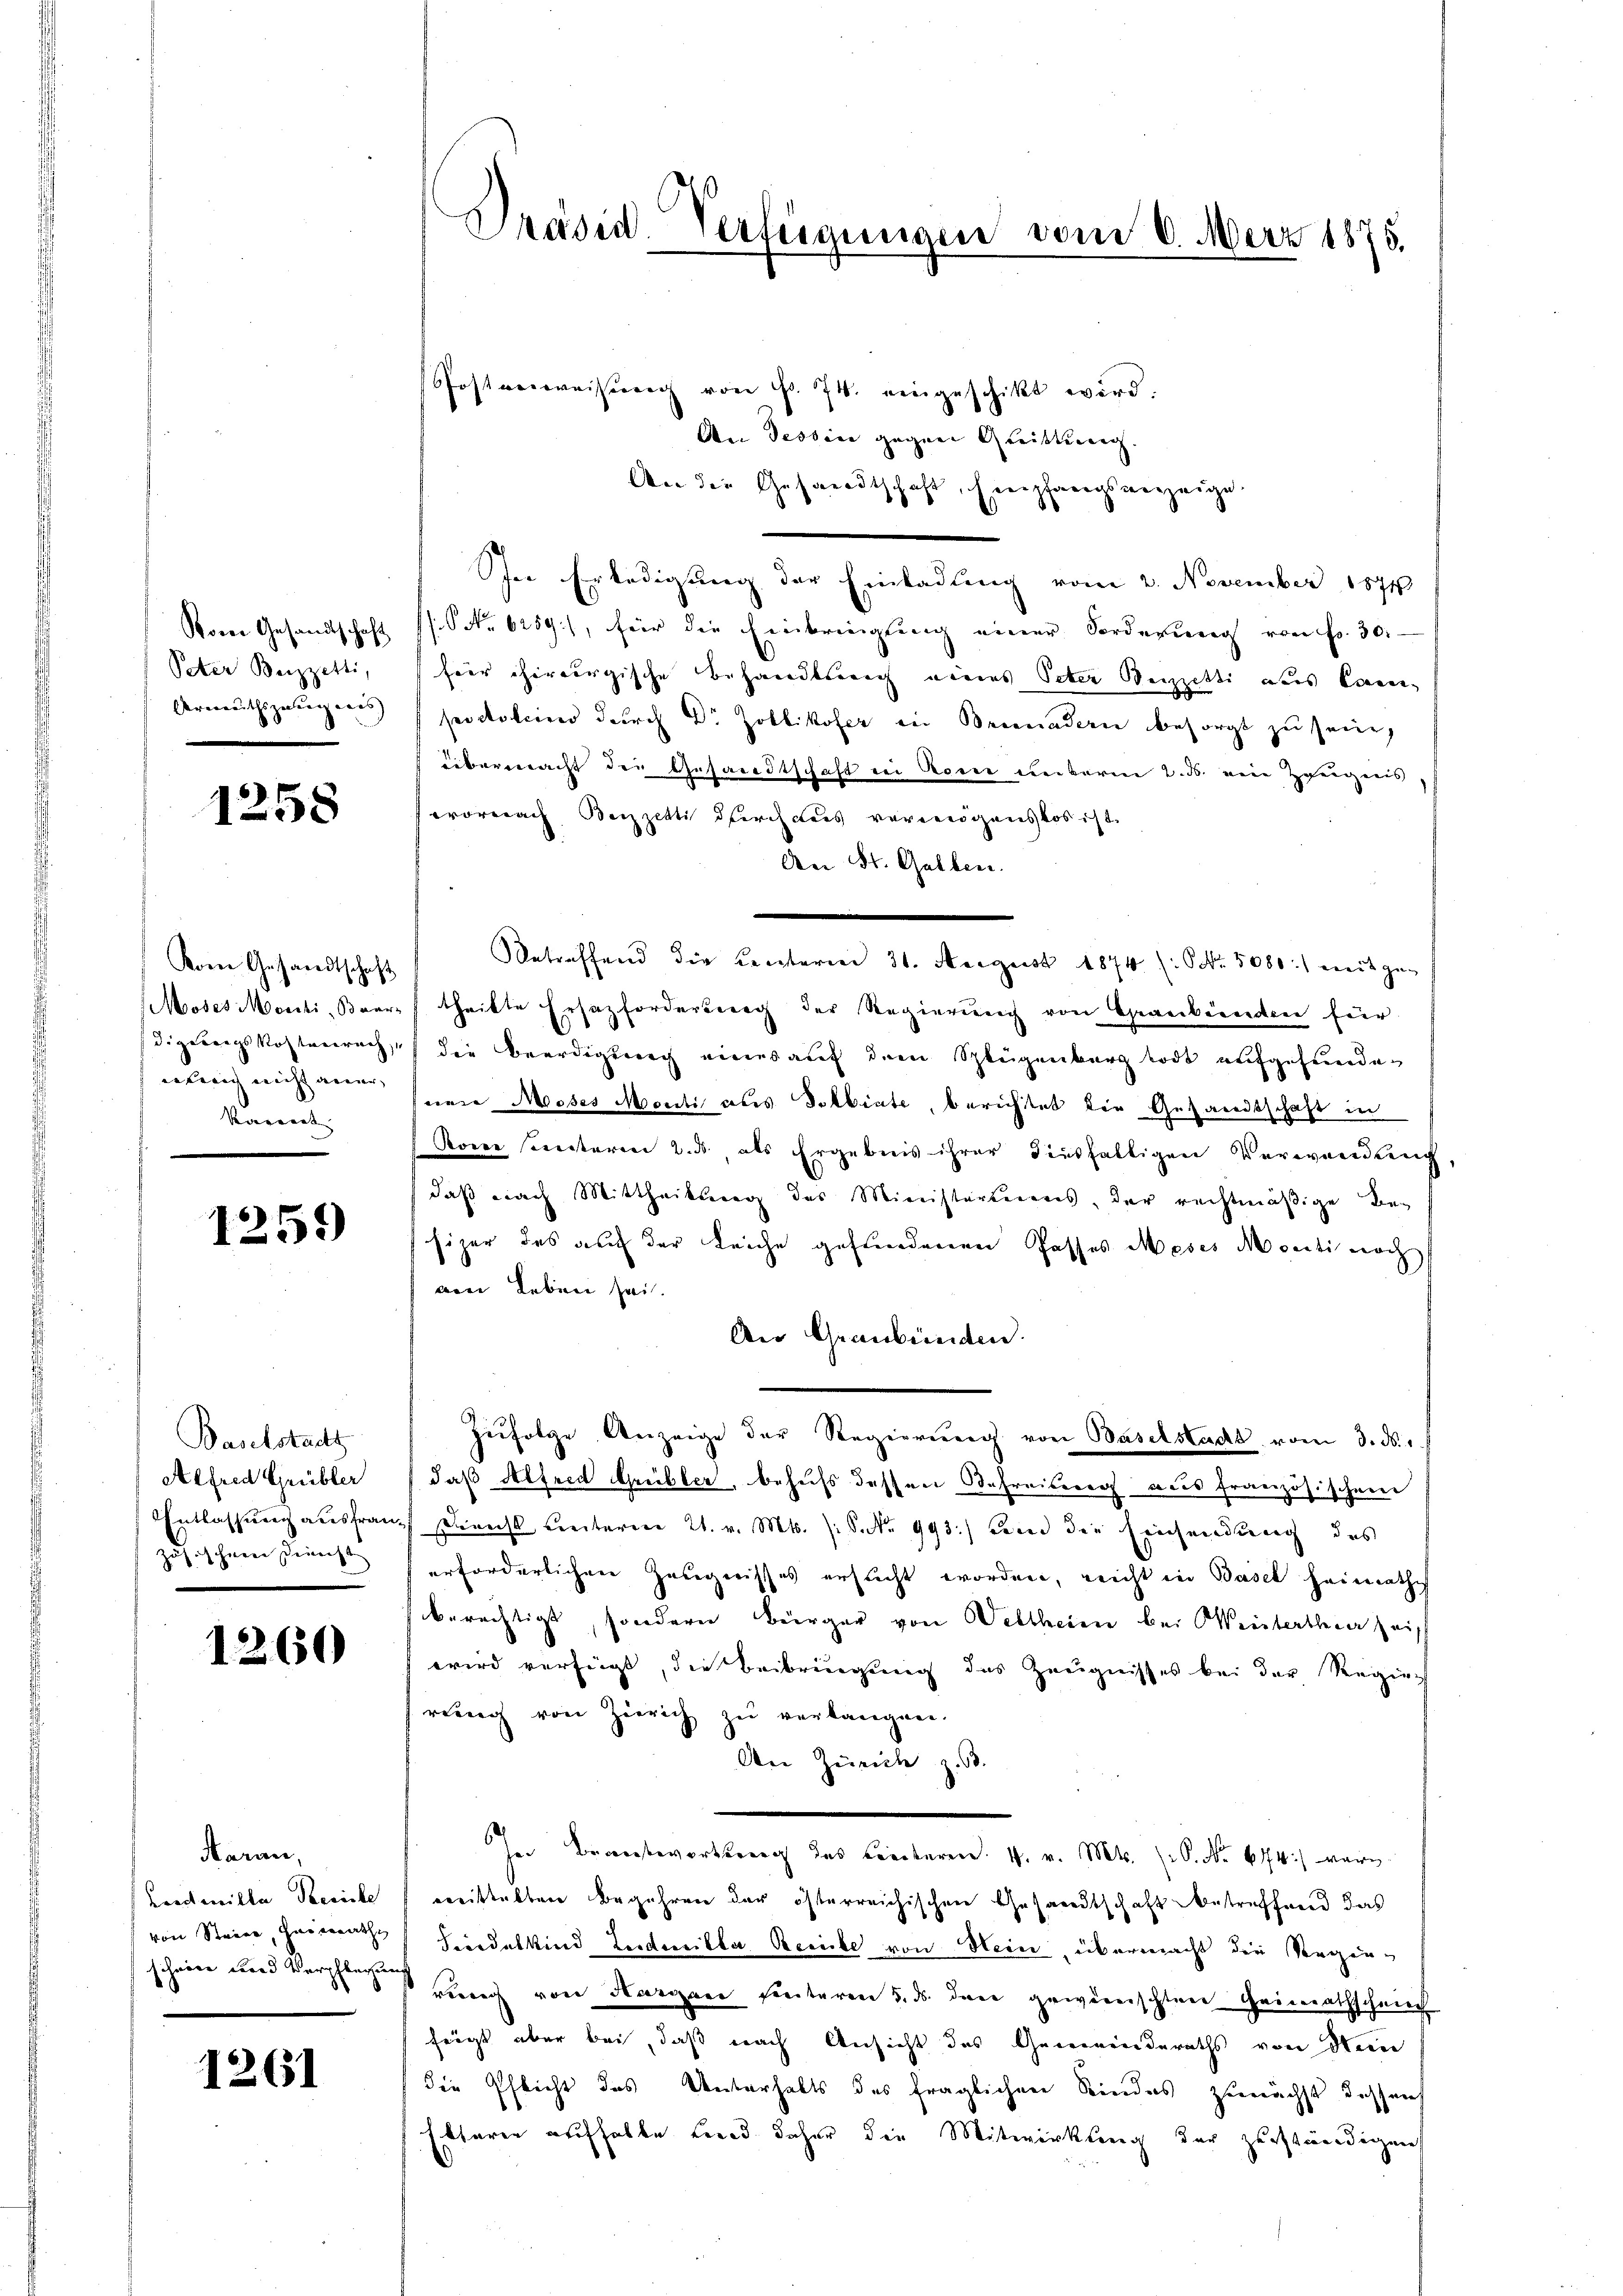
Peter Beizzetti,
Areeuthigerungenes |

1258

Vom Gesandtschaft
wenig nicht aner,
Karent

1259)

Baselstadtz
Alfred Grübler
zösischen Dienst

1260

Haran,
Konseilla Poesiche
scheine Fond Verpflegen

1261

Präsid-Verfügungen vom 6. März 1875.

Postverweisung von Fr. 74. eingeschikt wird.
An Tessine gegen Greistung.
An die Gesandtschaft, Empfangsanzeige
In Erledigung der Einladung vom 2. November 1874
Vom Gesandtschaft (s. S. 6259), für die Einbringung einer Forderung von Fr. 30.
hier chirurgische Behandtsreich eines Peter Weizetti aus kann
postolen durch Dr Zollikofer in Brenndern besorgt zu sein,
übermacht der Gesandtschaft in Rom unbarm 2. d. eine Zeugens
wornach Beizzetti durch das vermögenstos ist.
An St. Gallen.
Betreffend die Centarien 31. August 1874 (ONr. 5080:) weit ge-
Moses Monti, Baar theilte Ersatzforderung der Regierung von Graubünden für
digungskostenrech, die Beerdigung eines auf dem Splügenburg todt aufgefunden
nene Moses Meriti aus Solbinte, berichtet die Gesandtschaft in
Rone seiteren 2. ds. als Ergebnis ihrer diesfälligen Verwendung
daß nach Mittheilung des Ministerteiens, der rechtmäßige Besizer des auf der Leiche gefundenen Passes Meses de centi noch
am Leben sei.
An Graubünden.
zŭfolge Anzeige der Regierŭng von Baselstadt vom 3. ds.
daß Alfred Grübler, behufs dessen Befreiserer aus französischen
Entlassung ausfrau Dienst unterm 21. v. Mts. /:set. 993.) dem die Einsendung des
erforderlichen Zeugnisses ersucht worden, nicht in Basel heimathes
berechtigt, sondern Bürger von Weltheim bei Weisterther sei
wird verfügt, die Beibringung des Zeugnisses bei der Regier
reuig von Zürich zu verlangen.
An Zürich z. B.
In Brantwortung des Leiteren. 4. v. Mts. (S. Nr. 674) war
ereittelten Begehren der österreichischen Gesandtschaft betreffend das
von Steier, Heinrath Friedelkind Leidweilla, Beriche von Hein, übermacht die Regen-
s
 reich von Kurgan sinteren u. ds. den gewierischten Heimathschniech
frägt aber bei, daß nach Ansicht des Gemeinderaths von Nein
die Pflicht des Unterhalts des fraglichen Kindes zunächst dessen
Ettarer aufhalte Lied daher die Mitwirkung der zuständigen